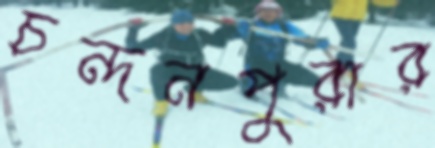
চন্দনপুরার